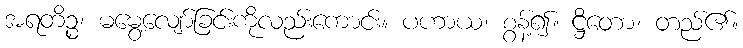
အရတိဉ္စ၊ မမွေ့လျော်ခြင်းကိုလည်းကောင်း။ ပဟာယ၊ စွန့်၍။ ဋ္ဌိတော၊ တည်၏။